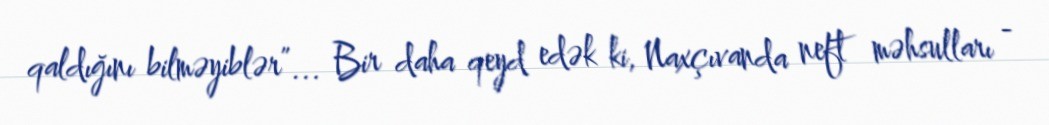
qaldığını bilməyiblər”... Bir daha qeyd edək ki, Naxçıvanda neft məhsulları -